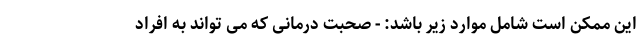
این ممکن است شامل موارد زیر باشد: - صحبت درمانی که می تواند به افراد